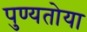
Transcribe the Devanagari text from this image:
पुण्यतोया